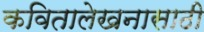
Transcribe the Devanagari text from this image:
कवितालेखनासाठी